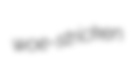
woe-stricken